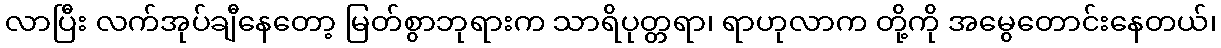
လာပြီး လက်အုပ်ချီနေတော့ မြတ်စွာဘုရားက သာရိပုတ္တရာ၊ ရာဟုလာက တို့ကို အမွေတောင်းနေတယ်၊